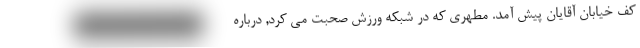
کف خیابان آقایان پیش آمد. مطهری که در شبکه ورزش صحبت می کرد, درباره